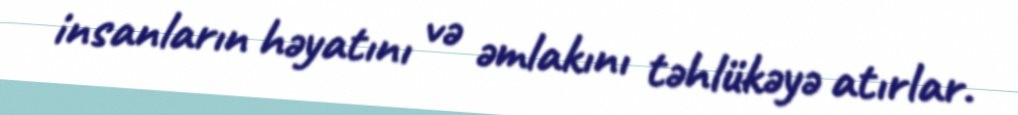
insanların həyatını və əmlakını təhlükəyə atırlar.